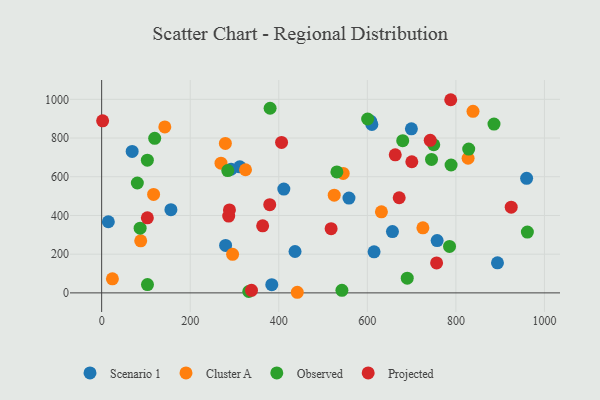
{"axis": {"x": "Study Hours", "y": "Demand"}, "legend": ["Cluster A", "Observed", "Projected", "Scenario 1"], "data": [{"x": "279.9", "y": 245.4, "type": "Scenario 1"}, {"x": "607.7", "y": 886.6, "type": "Scenario 1"}, {"x": "436.7", "y": 213.9, "type": "Scenario 1"}, {"x": "959.7", "y": 591.7, "type": "Scenario 1"}, {"x": "615.2", "y": 212.2, "type": "Scenario 1"}, {"x": "757.6", "y": 270.4, "type": "Scenario 1"}, {"x": "558.5", "y": 490.0, "type": "Scenario 1"}, {"x": "699.5", "y": 847.7, "type": "Scenario 1"}, {"x": "15.1", "y": 367.6, "type": "Scenario 1"}, {"x": "656.7", "y": 316.9, "type": "Scenario 1"}, {"x": "312.0", "y": 651.1, "type": "Scenario 1"}, {"x": "893.9", "y": 155.4, "type": "Scenario 1"}, {"x": "610.2", "y": 869.8, "type": "Scenario 1"}, {"x": "68.9", "y": 731.0, "type": "Scenario 1"}, {"x": "411.4", "y": 536.1, "type": "Scenario 1"}, {"x": "292.4", "y": 638.8, "type": "Scenario 1"}, {"x": "156.4", "y": 429.7, "type": "Scenario 1"}, {"x": "384.2", "y": 42.6, "type": "Scenario 1"}, {"x": "142.6", "y": 857.5, "type": "Cluster A"}, {"x": "441.8", "y": 3.2, "type": "Cluster A"}, {"x": "24.3", "y": 72.6, "type": "Cluster A"}, {"x": "838.6", "y": 937.8, "type": "Cluster A"}, {"x": "545.5", "y": 617.3, "type": "Cluster A"}, {"x": "279.4", "y": 772.3, "type": "Cluster A"}, {"x": "88.2", "y": 269.0, "type": "Cluster A"}, {"x": "631.8", "y": 419.0, "type": "Cluster A"}, {"x": "725.5", "y": 336.0, "type": "Cluster A"}, {"x": "525.2", "y": 504.9, "type": "Cluster A"}, {"x": "324.9", "y": 636.2, "type": "Cluster A"}, {"x": "117.3", "y": 508.9, "type": "Cluster A"}, {"x": "827.5", "y": 695.5, "type": "Cluster A"}, {"x": "295.7", "y": 199.0, "type": "Cluster A"}, {"x": "269.5", "y": 670.2, "type": "Cluster A"}, {"x": "103.2", "y": 685.7, "type": "Observed"}, {"x": "284.8", "y": 632.1, "type": "Observed"}, {"x": "103.5", "y": 43.2, "type": "Observed"}, {"x": "744.9", "y": 689.5, "type": "Observed"}, {"x": "828.9", "y": 742.9, "type": "Observed"}, {"x": "679.9", "y": 786.1, "type": "Observed"}, {"x": "789.1", "y": 660.8, "type": "Observed"}, {"x": "332.2", "y": 7.1, "type": "Observed"}, {"x": "380.4", "y": 953.8, "type": "Observed"}, {"x": "86.9", "y": 334.1, "type": "Observed"}, {"x": "961.4", "y": 314.2, "type": "Observed"}, {"x": "542.6", "y": 13.5, "type": "Observed"}, {"x": "531.2", "y": 624.8, "type": "Observed"}, {"x": "690.1", "y": 76.0, "type": "Observed"}, {"x": "119.8", "y": 798.3, "type": "Observed"}, {"x": "750.0", "y": 765.4, "type": "Observed"}, {"x": "785.6", "y": 240.0, "type": "Observed"}, {"x": "600.7", "y": 898.2, "type": "Observed"}, {"x": "80.6", "y": 567.8, "type": "Observed"}, {"x": "886.0", "y": 872.2, "type": "Observed"}, {"x": "700.4", "y": 677.4, "type": "Projected"}, {"x": "338.4", "y": 13.2, "type": "Projected"}, {"x": "103.2", "y": 387.6, "type": "Projected"}, {"x": "756.4", "y": 154.8, "type": "Projected"}, {"x": "2.2", "y": 888.7, "type": "Projected"}, {"x": "406.3", "y": 777.5, "type": "Projected"}, {"x": "286.9", "y": 397.1, "type": "Projected"}, {"x": "924.9", "y": 442.6, "type": "Projected"}, {"x": "518.2", "y": 331.8, "type": "Projected"}, {"x": "379.6", "y": 455.8, "type": "Projected"}, {"x": "742.0", "y": 788.1, "type": "Projected"}, {"x": "363.6", "y": 346.5, "type": "Projected"}, {"x": "288.6", "y": 428.7, "type": "Projected"}, {"x": "663.0", "y": 713.2, "type": "Projected"}, {"x": "671.9", "y": 491.6, "type": "Projected"}, {"x": "788.3", "y": 997.9, "type": "Projected"}]}